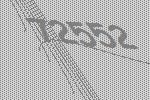
72552